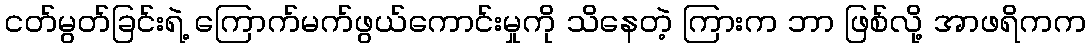
ငတ်မွတ်ခြင်းရဲ့ ကြောက်မက်ဖွယ်ကောင်းမှုကို သိနေတဲ့ ကြားက ဘာ ဖြစ်လို့ အာဖရိကက